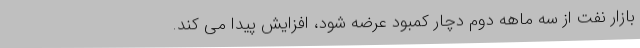
بازار نفت از سه ماهه دوم دچار کمبود عرضه شود، افزایش پیدا می کند.